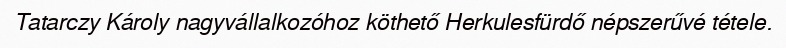
Tatarczy Károly nagyvállalkozóhoz köthető Herkulesfürdő népszerűvé tétele.